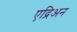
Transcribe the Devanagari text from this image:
एद्रिअन